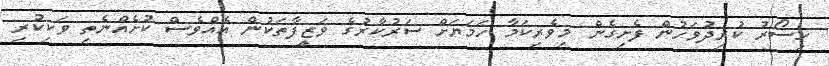
ހިސޯރު ކުރިދުވަހުން ފެށިގެން މިވެރިކަމާ ހަމަޔަށް ސަރުކާރުގެ ވަޒީފާތަކުން އެއްވެސް ކުށެއްނެތި ވަކިކުރި